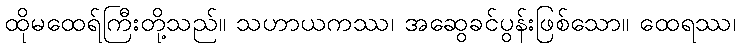
ထိုမထေရ်ကြီးတို့သည်။ သဟာယကဿ၊ အဆွေခင်ပွန်းဖြစ်သော။ ထေရဿ၊